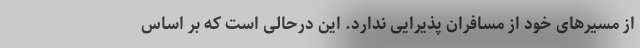
از مسیرهای خود از مسافران پذیرایی ندارد. این درحالی است که بر اساس